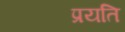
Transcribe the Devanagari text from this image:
प्रयति